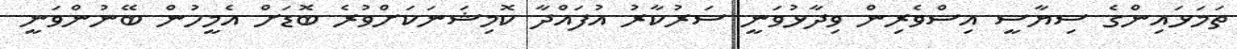
ތަމަޅައިންގެ ސިޔާސީ އިސްވެރިން ވިދާޅުވަނީ ސަރުކާރު އުފައްދާ ކޮމިޝަނަކަށްވުރެ ބޮޑަށް އެމީހުން ބޭނުންވަނީ